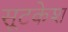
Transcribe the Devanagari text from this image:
सूटकेश